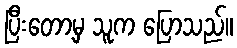
ပြီးတော့မှ သူက ပြောသည်။